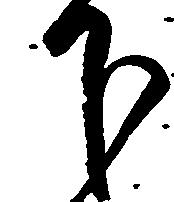
下